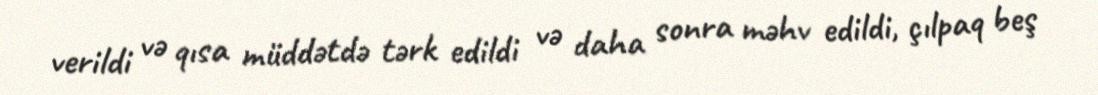
verildi və qısa müddətdə tərk edildi və daha sonra məhv edildi, çılpaq beş